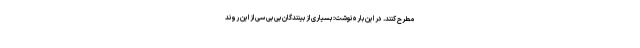
مطرح کنند. در این باره نوشت: بسیاری از بینندگان بی بی سی از این روند